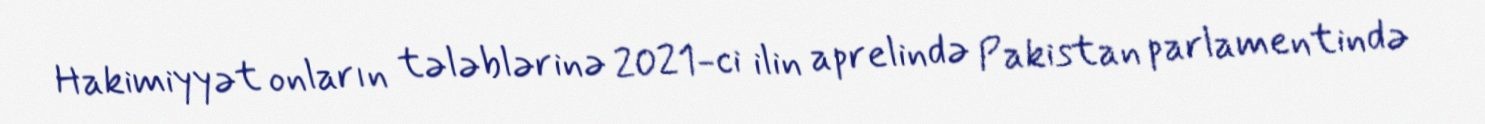
Hakimiyyət onların tələblərinə 2021-ci ilin aprelində Pakistan parlamentində